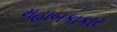
મહાબકાકાર